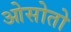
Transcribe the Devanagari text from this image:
ओसोतो